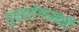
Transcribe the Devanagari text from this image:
गुप्तरोगासाठी